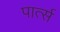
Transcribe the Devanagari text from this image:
पार्त्स